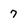
Character: 7